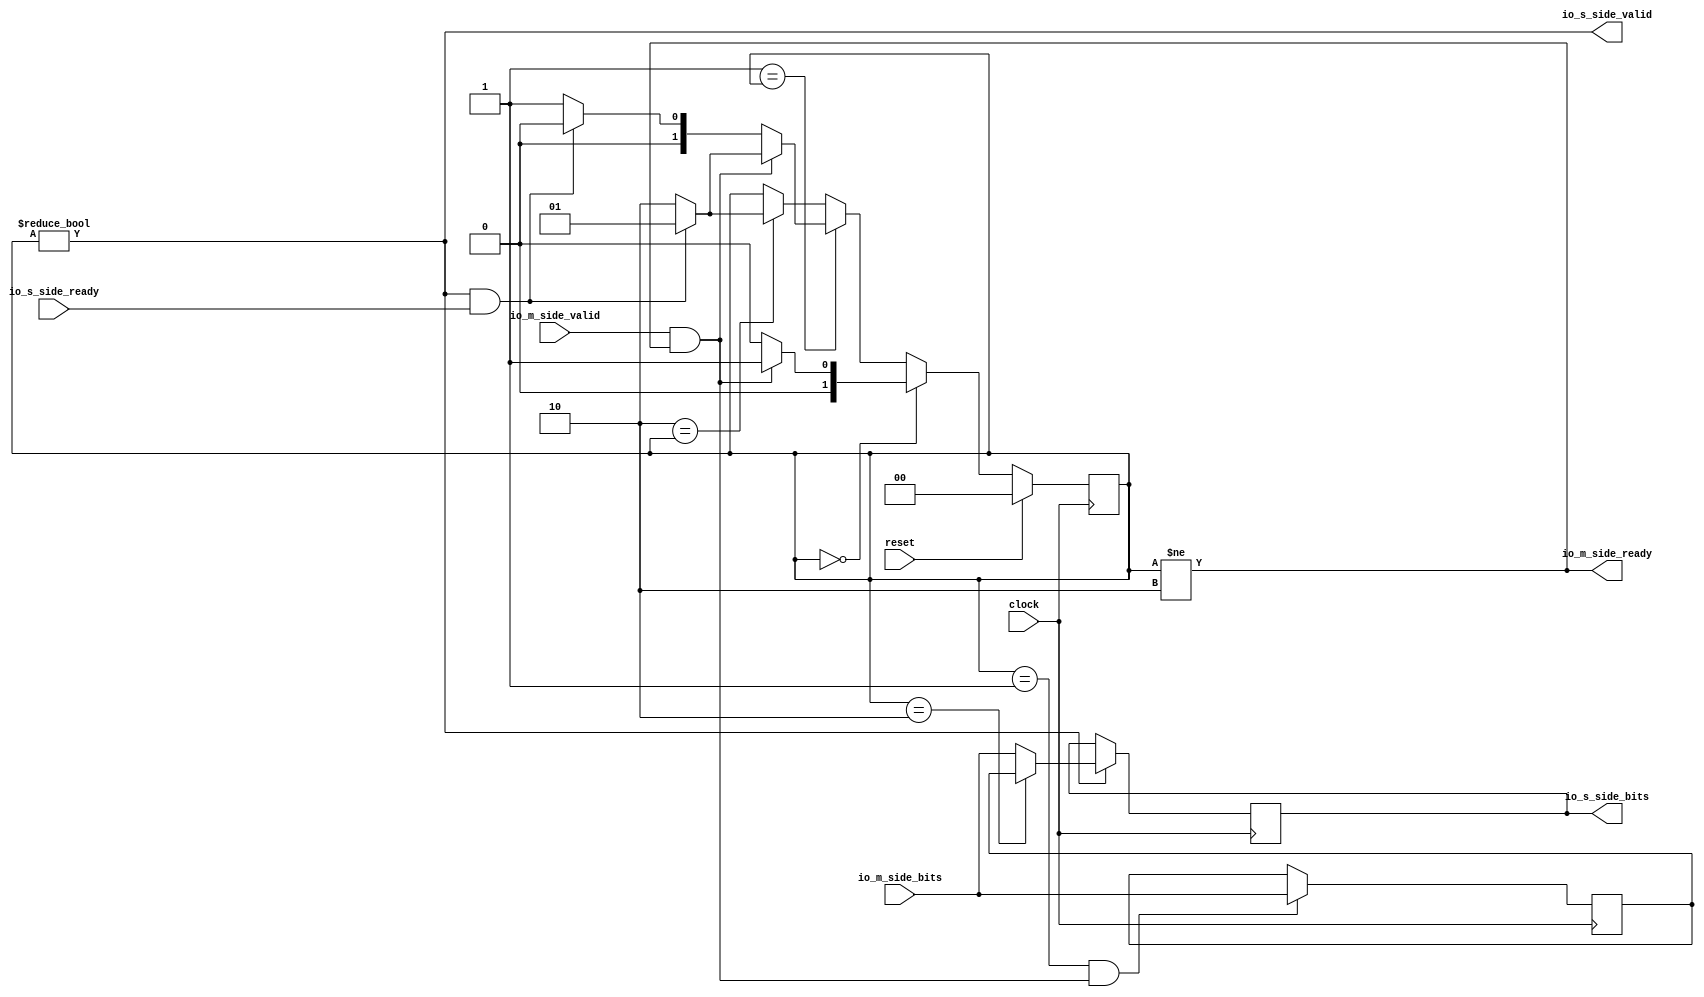
module SkidBuffer(
  input        clock,
  input        reset,
  output       io_m_side_ready,
  input        io_m_side_valid,
  input  [7:0] io_m_side_bits,
  input        io_s_side_ready,
  output       io_s_side_valid,
  output [7:0] io_s_side_bits
);
`ifdef RANDOMIZE_REG_INIT
  reg [31:0] _RAND_0;
  reg [31:0] _RAND_1;
  reg [31:0] _RAND_2;
`endif // RANDOMIZE_REG_INIT
  wire  insert = io_m_side_valid & io_m_side_ready; // @[skid_buffer.scala 17:34]
  wire  remove = io_s_side_valid & io_s_side_ready; // @[skid_buffer.scala 18:34]
  reg [1:0] state; // @[skid_buffer.scala 20:25]
  wire  _T = 2'h0 == state; // @[skid_buffer.scala 21:18]
  wire  _T_1 = 2'h1 == state; // @[skid_buffer.scala 21:18]
  wire [1:0] _state_T_1 = remove ? 2'h1 : 2'h2; // @[skid_buffer.scala 26:36]
  wire [1:0] _state_T_2 = remove ? 2'h0 : 2'h1; // @[skid_buffer.scala 26:58]
  wire  _T_2 = 2'h2 == state; // @[skid_buffer.scala 21:18]
  reg [7:0] Reg0; // @[Reg.scala 16:16]
  wire  En0 = state == 2'h1 & insert; // @[skid_buffer.scala 42:33]
  wire  sel = state == 2'h2; // @[skid_buffer.scala 43:23]
  reg [7:0] Reg1; // @[Reg.scala 16:16]
  wire  En1 = state != 2'h0; // @[skid_buffer.scala 44:23]
  assign io_m_side_ready = state != 2'h2; // @[skid_buffer.scala 47:31]
  assign io_s_side_valid = state != 2'h0; // @[skid_buffer.scala 46:31]
  assign io_s_side_bits = Reg1; // @[skid_buffer.scala 40:20]
  always @(posedge clock) begin
    if (reset) begin // @[skid_buffer.scala 20:25]
      state <= 2'h0; // @[skid_buffer.scala 20:25]
    end else if (2'h0 == state) begin // @[skid_buffer.scala 21:18]
      if (insert) begin // @[skid_buffer.scala 23:25]
        state <= 2'h1;
      end else begin
        state <= 2'h0;
      end
    end else if (2'h1 == state) begin // @[skid_buffer.scala 21:18]
      if (insert) begin // @[skid_buffer.scala 26:25]
        state <= _state_T_1;
      end else begin
        state <= _state_T_2;
      end
    end else if (2'h2 == state) begin // @[skid_buffer.scala 21:18]
      state <= _state_T_1; // @[skid_buffer.scala 29:19]
    end
    if (En0) begin // @[Reg.scala 17:18]
      Reg0 <= io_m_side_bits; // @[Reg.scala 17:22]
    end
    if (En1) begin // @[Reg.scala 17:18]
      if (sel) begin // @[skid_buffer.scala 38:24]
        Reg1 <= Reg0;
      end else begin
        Reg1 <= io_m_side_bits;
      end
    end
    `ifndef SYNTHESIS
    `ifdef PRINTF_COND
      if (`PRINTF_COND) begin
    `endif
        if (~_T & ~_T_1 & _T_2 & ~reset & ~insert) begin
          $fwrite(32'h80000002,
            "Assertion failed: insert happend with full state!\n    at skid_buffer.scala:30 assert(insert === true.B ,\"insert happend with full state!\")\n"
            ); // @[skid_buffer.scala 30:19]
        end
    `ifdef PRINTF_COND
      end
    `endif
    `endif // SYNTHESIS
    `ifndef SYNTHESIS
    `ifdef STOP_COND
      if (`STOP_COND) begin
    `endif
        if (~_T & ~_T_1 & _T_2 & ~reset & ~insert) begin
          $fatal; // @[skid_buffer.scala 30:19]
        end
    `ifdef STOP_COND
      end
    `endif
    `endif // SYNTHESIS
  end
// Register and memory initialization
`ifdef RANDOMIZE_GARBAGE_ASSIGN
`define RANDOMIZE
`endif
`ifdef RANDOMIZE_INVALID_ASSIGN
`define RANDOMIZE
`endif
`ifdef RANDOMIZE_REG_INIT
`define RANDOMIZE
`endif
`ifdef RANDOMIZE_MEM_INIT
`define RANDOMIZE
`endif
`ifndef RANDOM
`define RANDOM $random
`endif
`ifdef RANDOMIZE_MEM_INIT
  integer initvar;
`endif
`ifndef SYNTHESIS
`ifdef FIRRTL_BEFORE_INITIAL
`FIRRTL_BEFORE_INITIAL
`endif
initial begin
  `ifdef RANDOMIZE
    `ifdef INIT_RANDOM
      `INIT_RANDOM
    `endif
    `ifndef VERILATOR
      `ifdef RANDOMIZE_DELAY
        #`RANDOMIZE_DELAY begin end
      `else
        #0.002 begin end
      `endif
    `endif
`ifdef RANDOMIZE_REG_INIT
  _RAND_0 = {1{`RANDOM}};
  state = _RAND_0[1:0];
  _RAND_1 = {1{`RANDOM}};
  Reg0 = _RAND_1[7:0];
  _RAND_2 = {1{`RANDOM}};
  Reg1 = _RAND_2[7:0];
`endif // RANDOMIZE_REG_INIT
  `endif // RANDOMIZE
end // initial
`ifdef FIRRTL_AFTER_INITIAL
`FIRRTL_AFTER_INITIAL
`endif
`endif // SYNTHESIS
endmodule